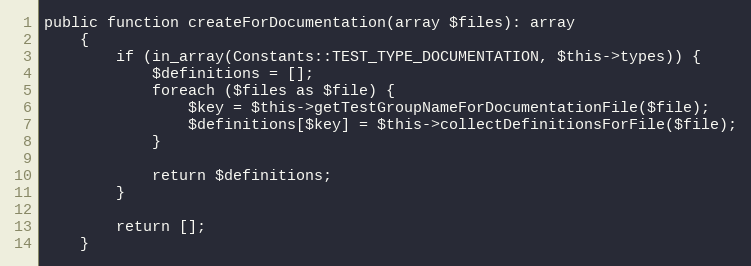
Language: PHP
public function createForDocumentation(array $files): array
    {
        if (in_array(Constants::TEST_TYPE_DOCUMENTATION, $this->types)) {
            $definitions = [];
            foreach ($files as $file) {
                $key = $this->getTestGroupNameForDocumentationFile($file);
                $definitions[$key] = $this->collectDefinitionsForFile($file);
            }

            return $definitions;
        }

        return [];
    }